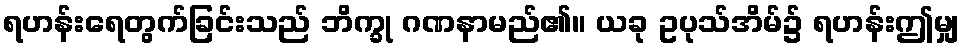
ရဟန်းရေတွက်ခြင်းသည် ဘိက္ခု ဂဏနာမည်၏။ ယခု ဥပုသ်အိမ်၌ ရဟန်းဤမျှ